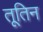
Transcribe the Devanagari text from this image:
तूतिन